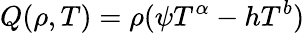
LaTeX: Q(\rho,T)=\rho(\psi T^{\alpha}-hT^{b})